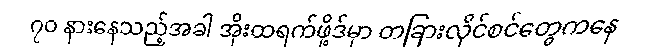
၇၀ နားနေသည့်အခါ အိုးထရက်ဖို့ဒ်မှာ တခြားလိုင်စင်တွေကနေ